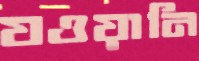
যওয়ানি